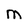
Character: m